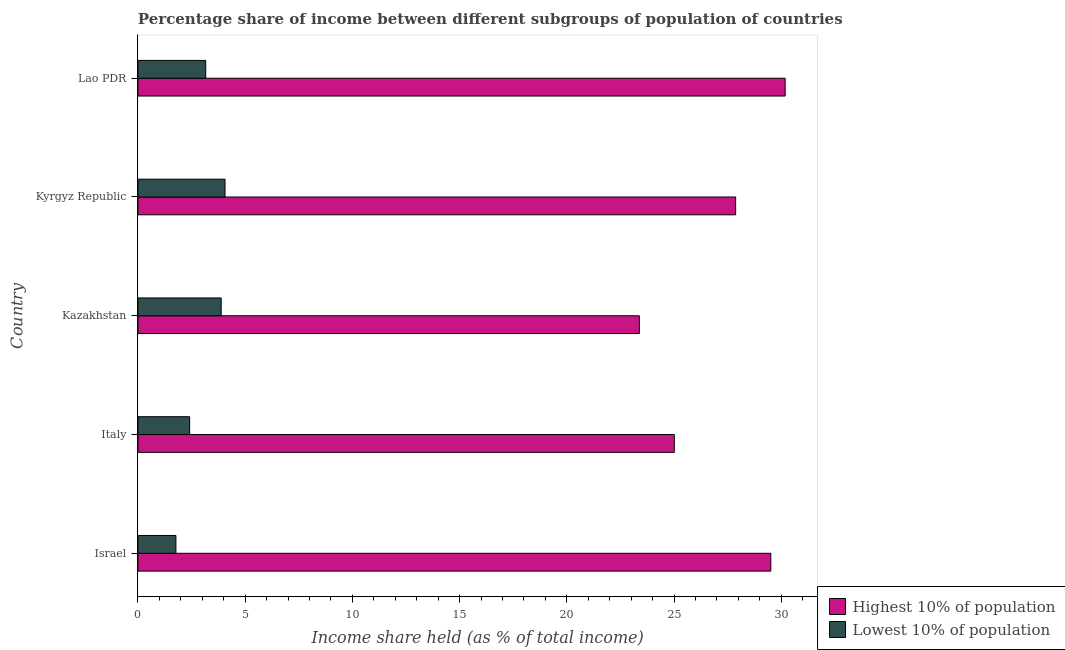
| Country | Highest 10% of population | Lowest 10% of population |
 | --- | --- | --- |
 | Israel | 29.5 | 1.77 |
 | Italy | 25 | 2.41 |
 | Kazakhstan | 23.4 | 3.88 |
 | Kyrgyz Republic | 27.9 | 4.06 |
 | Lao PDR | 30.2 | 3.16 |